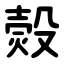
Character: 㷤